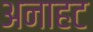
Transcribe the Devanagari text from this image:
अनाहट